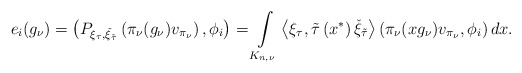
\begin{align*}e_i(g_\nu)=\left(P_{\xi_{\tau},\check{\xi}_{\tilde{\tau}}}\left(\pi_{\nu}(g_\nu)v_{\pi_{\nu}}\right),\phi_i\right)=\int\limits_{K_{n,\nu}} \left<\xi_\tau,\tilde{\tau}\left(x^*\right)\check{\xi}_{\tilde{\tau}}\right>\left(\pi_{\nu}(xg_\nu)v_{\pi_{\nu}} ,\phi_i\right)dx.\end{align*}